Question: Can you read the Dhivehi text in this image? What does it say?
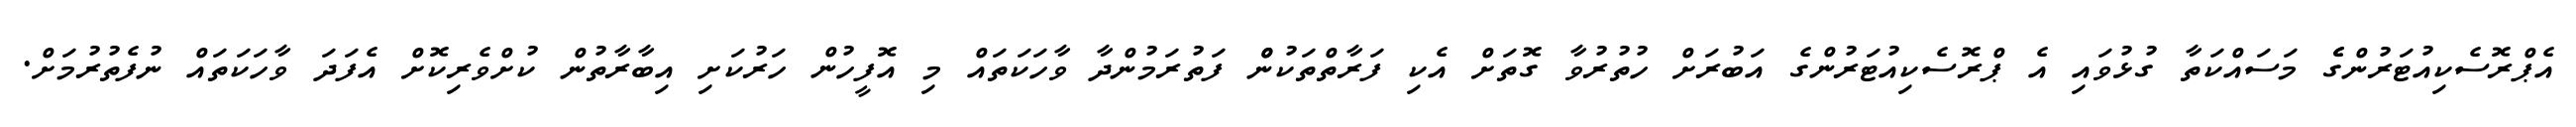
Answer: އެޕްރޮސެކިއުޓަރުންގެެ މަސައްކަތާ ގުޅުވައި އެ ޕްރޮސެކިއުޓަރުންގެ އަބުރަށް ހުތުރުވާ ގޮތަށް އެކި ފަރާތްތަކުންް ފަތުރަމުންދާ ވާހަކަތައް މި އޮފީހުން ހަރުކަށި އިބާރާތުން ކުށްވެރިކޮށް އެފަދަ ވާހަކަތައް ނުފެތުރުމަށް.